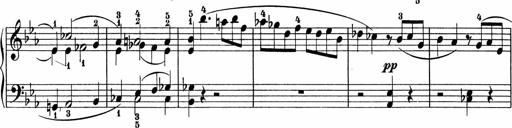
Title: 5 Sonatinen fÃ¼r die Jugend
Composer: Carl Reinecke